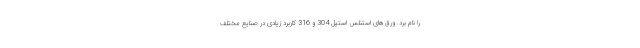
را نام برد. ورق‌های استنلس استیل 304 و 316 کاربرد زیادی در صنایع مختلف